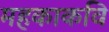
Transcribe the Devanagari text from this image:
महकाकवि